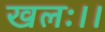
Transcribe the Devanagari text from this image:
खलः।।